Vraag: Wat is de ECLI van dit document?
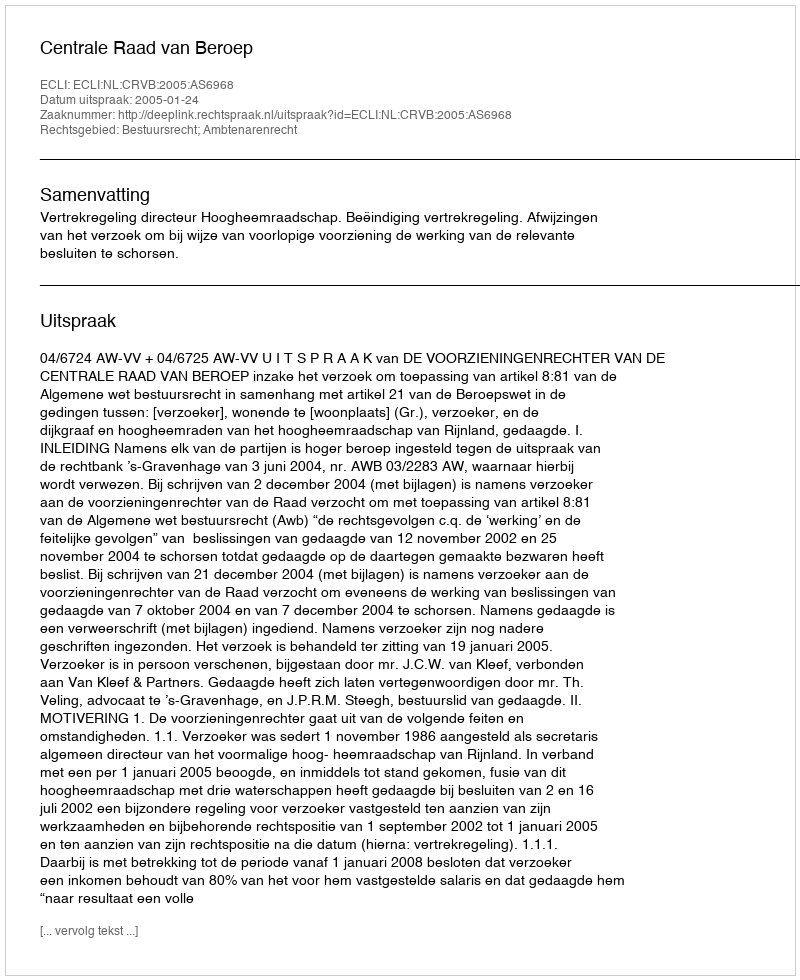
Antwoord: ECLI:NL:CRVB:2005:AS6968